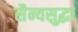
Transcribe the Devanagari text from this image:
सैन्यसुद्धा